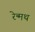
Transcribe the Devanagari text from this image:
रेन्मथ